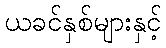
ယခင်နှစ်များနှင့်